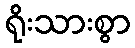
ရိုးသားစွာ